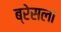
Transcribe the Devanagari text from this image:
ब्रेसला